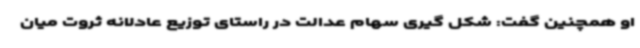
او همچنین گفت: شکل گیری سهام عدالت در راستای توزیع عادلانه ثروت میان